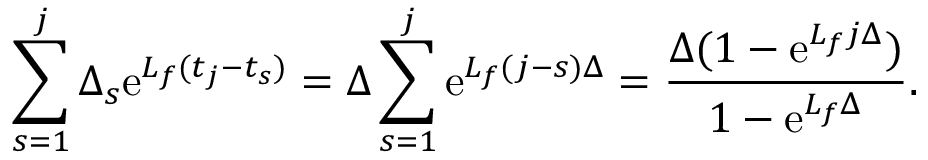
\sum _ { s = 1 } ^ { j } \Delta _ { s } \mathrm { e } ^ { L _ { f } ( t _ { j } - t _ { s } ) } = \Delta \sum _ { s = 1 } ^ { j } \mathrm { e } ^ { L _ { f } ( j - s ) \Delta } = \frac { \Delta ( 1 - \mathrm { e } ^ { L _ { f } j \Delta } ) } { 1 - \mathrm { e } ^ { L _ { f } \Delta } } .